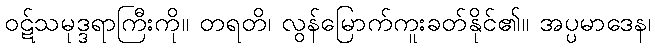
ဝဋ်သမုဒ္ဒရာကြီးကို။ တရတိ၊ လွန်မြောက်ကူးခတ်နိုင်၏။ အပ္ပမာဒေန၊